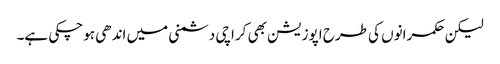
لیکن حکمرانوں کی طرح اپوزیشن بھی کراچی دشمنی میں اندھی ہوچکی ہے۔